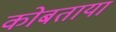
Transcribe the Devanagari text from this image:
कोबताया